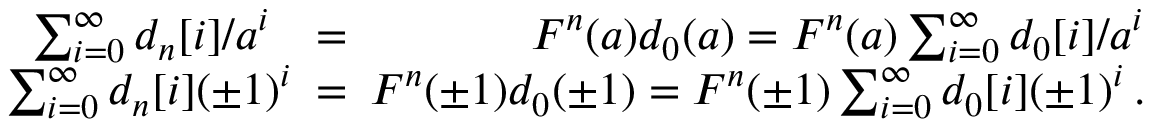
\begin{array} { r l r } { \sum _ { i = 0 } ^ { \infty } d _ { n } [ i ] / a ^ { i } } & { = } & { F ^ { n } ( a ) d _ { 0 } ( a ) = F ^ { n } ( a ) \sum _ { i = 0 } ^ { \infty } d _ { 0 } [ i ] / a ^ { i } } \\ { \sum _ { i = 0 } ^ { \infty } d _ { n } [ i ] ( \pm 1 ) ^ { i } \! \! \! } & { = } & { \! \! \! F ^ { n } ( \pm 1 ) d _ { 0 } ( \pm 1 ) = F ^ { n } ( \pm 1 ) \sum _ { i = 0 } ^ { \infty } d _ { 0 } [ i ] ( \pm 1 ) ^ { i } \, . } \end{array}